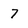
Character: 7